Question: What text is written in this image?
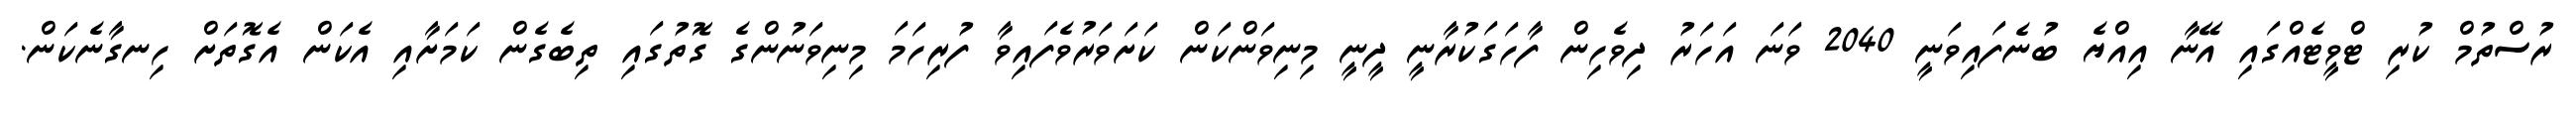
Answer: ރުސްތުމް ކުރި ޓްވީޓެއްގައި އޭނާ އިއްޔެ ބުނެފައިވަނީ 2040 ވަނަ އަހަރު ދިވެހިން ފާހަގަކުރާނީ ދީނީ މިނިވަންކަން ކަށަވަރުވެފައިވާ ފުރިހަމަ މިނިވަނުންގެ ގޮތުގައި ތިބެގެން ކަމަށާއި އެކަން އެގޮތަށް ހިނގާނެކަން.